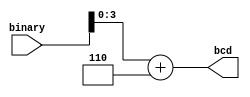
module binary_to_bcd_converter(input [4:0] binary,
										output [3:0] bcd);
		
	 reg [4:0] binary_temp;
    
    always @(*) begin
        binary_temp = binary[4:0] + 4'd6;
    end
    
    assign bcd = binary_temp [3:0];

endmodule